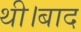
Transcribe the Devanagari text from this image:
थी।बाद